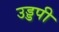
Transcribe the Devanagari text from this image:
उड्डपी